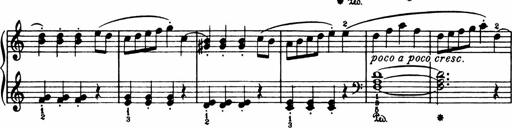
Title: Analytical Sonatinas
Composer: Frank Lynes